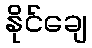
နိုင်ချေ